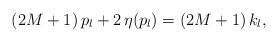
\begin{align*}(2M+1)\,p_l +2\,\eta(p_l)=(2M+1)\,k_l, \end{align*}